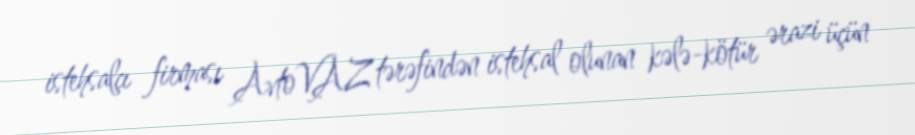
istehsalçı firması AvtoVAZ tərəfindən istehsal olunan kələ-kötür ərazi üçün